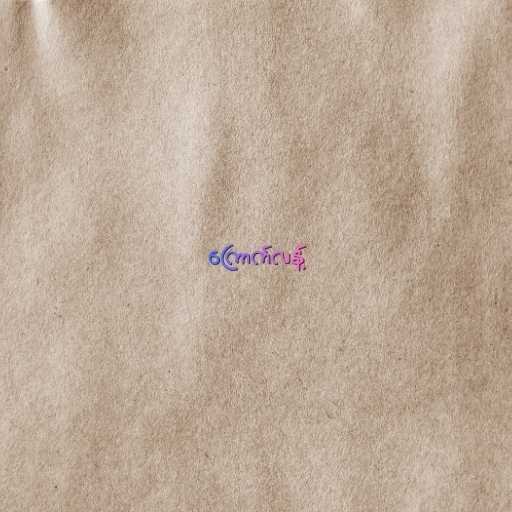
ကြောက်လန့်